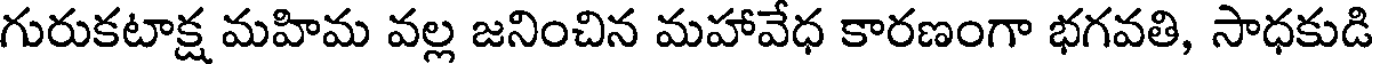
గురుకటాక్ష మహిమ వల్ల జనించిన మహావేధ కారణంగా భగవతి, సాధకుడి